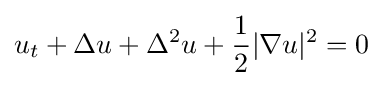
u_{t}+\Delta u+\Delta ^{2}u+{\frac {1}{2}}|\nabla u|^{2}=0